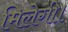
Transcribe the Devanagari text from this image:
मिलेगी।